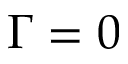
\Gamma = 0